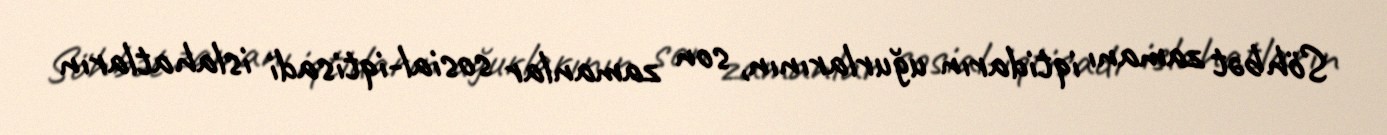
Söhbət zamanı iqtidarın uğurlarının, son zamanlar sosial-iqtisadi islahatların